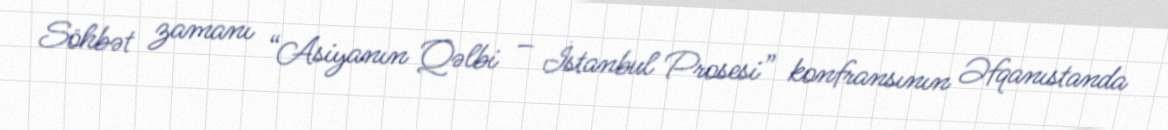
Söhbət zamanı “Asiyanın Qəlbi – İstanbul Prosesi” konfransının Əfqanıstanda